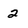
Character: 2